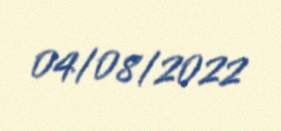
04/08/2022